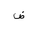
Letter: _dad